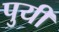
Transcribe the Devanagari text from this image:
पुयी